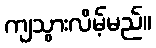
ကျသွားလိမ့်မည်။